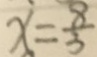
x = \frac { 8 } { 3 }